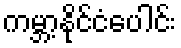
ကမ္ဘာ့နိုင်ငံပေါင်း